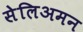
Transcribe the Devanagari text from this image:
सेलिअमन